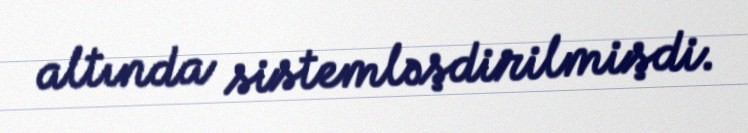
altında sistemləşdirilmişdi.